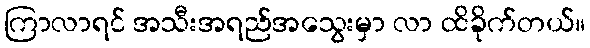
ကြာလာရင် အသီးအရည်အသွေးမှာ လာ ထိခိုက်တယ်။